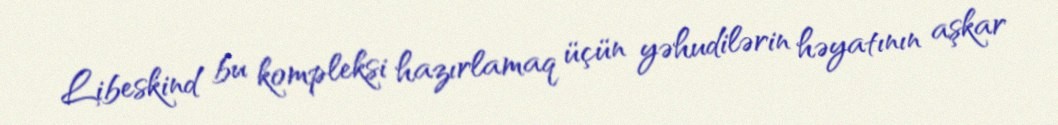
Libeskind bu kompleksi hazırlamaq üçün yəhudilərin həyatının aşkar